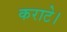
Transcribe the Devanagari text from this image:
कराटे।